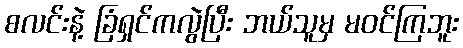
စလင်းနဲ့ ခြံရှင်ကလွဲပြီး ဘယ်သူမှ မဝင်ကြဘူး